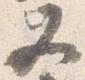
又